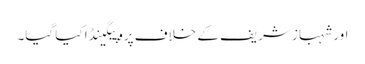
اور شہباز شریف کے خلاف پروپیگینڈا کیا گیا۔